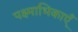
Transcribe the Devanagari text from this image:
पक्ष्माभिकाएँ